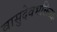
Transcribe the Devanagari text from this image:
वासुदेवभक्तिच्या